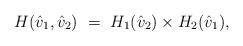
LaTeX: \begin{align*}H(\hat v_1, \hat v_2) \ = \ H_1(\hat v_2) \times H_2(\hat v_1),\end{align*}